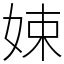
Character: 娕